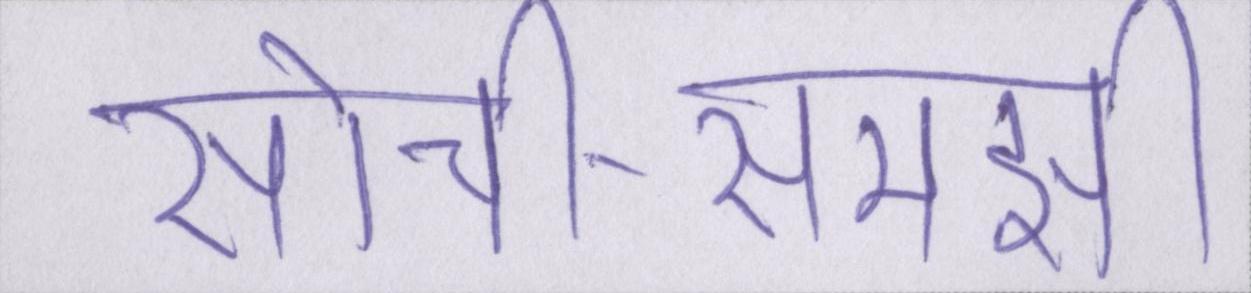
सोची-समझी